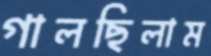
গালছিলাম